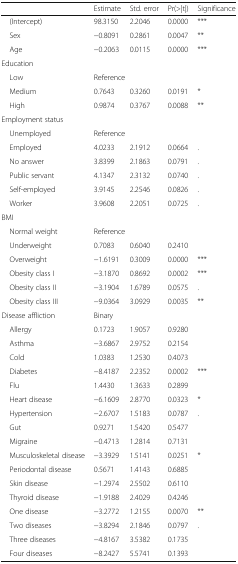
<table><thead><tr><td></td><td><b>Estimate</b></td><td><b>Std. error</b></td><td><b>Pr(&gt;|t|)</b></td><td><b>Significance</b></td></tr></thead><tbody><tr><td> (Intercept)</td><td>98.3150</td><td>2.2046</td><td>0.0000</td><td>***</td></tr><tr><td> Sex</td><td>−0.8091</td><td>0.2861</td><td>0.0047</td><td>**</td></tr><tr><td> Age</td><td>−0.2063</td><td>0.0115</td><td>0.0000</td><td>***</td></tr><tr><td colspan="5">Education</td></tr><tr><td> Low</td><td colspan="4">Reference</td></tr><tr><td> Medium</td><td>0.7643</td><td>0.3260</td><td>0.0191</td><td>*</td></tr><tr><td> High</td><td>0.9874</td><td>0.3767</td><td>0.0088</td><td>**</td></tr><tr><td colspan="5">Employment status</td></tr><tr><td> Unemployed</td><td colspan="4">Reference</td></tr><tr><td> Employed</td><td>4.0233</td><td>2.1912</td><td>0.0664</td><td>.</td></tr><tr><td> No answer</td><td>3.8399</td><td>2.1863</td><td>0.0791</td><td>.</td></tr><tr><td> Public servant</td><td>4.1347</td><td>2.3132</td><td>0.0740</td><td>.</td></tr><tr><td> Self-employed</td><td>3.9145</td><td>2.2546</td><td>0.0826</td><td>.</td></tr><tr><td> Worker</td><td>3.9608</td><td>2.2051</td><td>0.0725</td><td>.</td></tr><tr><td colspan="5">BMI</td></tr><tr><td> Normal weight</td><td colspan="4">Reference</td></tr><tr><td> Underweight</td><td>0.7083</td><td>0.6040</td><td>0.2410</td><td></td></tr><tr><td> Overweight</td><td>−1.6191</td><td>0.3009</td><td>0.0000</td><td>***</td></tr><tr><td> Obesity class I</td><td>−3.1870</td><td>0.8692</td><td>0.0002</td><td>***</td></tr><tr><td> Obesity class II</td><td>−3.1904</td><td>1.6789</td><td>0.0575</td><td>.</td></tr><tr><td> Obesity class III</td><td>−9.0364</td><td>3.0929</td><td>0.0035</td><td>**</td></tr><tr><td>Disease affliction</td><td colspan="4">Binary</td></tr><tr><td> Allergy</td><td>0.1723</td><td>1.9057</td><td>0.9280</td><td></td></tr><tr><td> Asthma</td><td>−3.6867</td><td>2.9752</td><td>0.2154</td><td></td></tr><tr><td> Cold</td><td>1.0383</td><td>1.2530</td><td>0.4073</td><td></td></tr><tr><td> Diabetes</td><td>−8.4187</td><td>2.2352</td><td>0.0002</td><td>***</td></tr><tr><td> Flu</td><td>1.4430</td><td>1.3633</td><td>0.2899</td><td></td></tr><tr><td> Heart disease</td><td>−6.1609</td><td>2.8770</td><td>0.0323</td><td>*</td></tr><tr><td> Hypertension</td><td>−2.6707</td><td>1.5183</td><td>0.0787</td><td>.</td></tr><tr><td> Gut</td><td>0.9271</td><td>1.5420</td><td>0.5477</td><td></td></tr><tr><td> Migraine</td><td>−0.4713</td><td>1.2814</td><td>0.7131</td><td></td></tr><tr><td> Musculoskeletal disease</td><td>−3.3929</td><td>1.5141</td><td>0.0251</td><td>*</td></tr><tr><td> Periodontal disease</td><td>0.5671</td><td>1.4143</td><td>0.6885</td><td></td></tr><tr><td> Skin disease</td><td>−1.2974</td><td>2.5502</td><td>0.6110</td><td></td></tr><tr><td> Thyroid disease</td><td>−1.9188</td><td>2.4029</td><td>0.4246</td><td></td></tr><tr><td> One disease</td><td>−3.2772</td><td>1.2155</td><td>0.0070</td><td>**</td></tr><tr><td> Two diseases</td><td>−3.8294</td><td>2.1846</td><td>0.0797</td><td>.</td></tr><tr><td> Three diseases</td><td>−4.8167</td><td>3.5382</td><td>0.1735</td><td></td></tr><tr><td> Four diseases</td><td>−8.2427</td><td>5.5741</td><td>0.1393</td><td></td></tr></tbody></table>